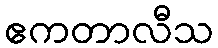
ဧကတာလီသ